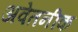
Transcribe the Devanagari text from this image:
अवेतनीक